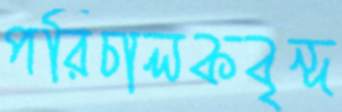
পরিচালকবৃন্দ